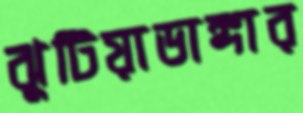
ঝুটিয়াডাঙ্গার